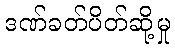
ဒဏ်ခတ်ပိတ်ဆို့မှု